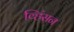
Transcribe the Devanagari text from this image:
व्हिंसन